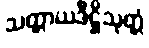
သက္ကာယဒိဋ္ဌိသုတ္တံ